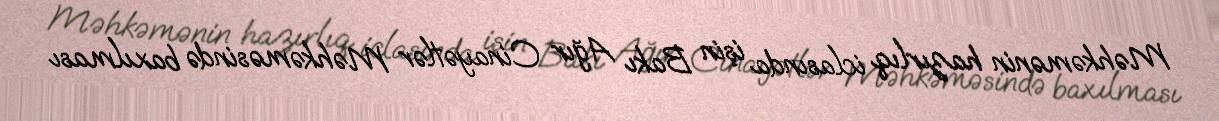
Məhkəmənin hazırlıq iclasında işin Bakı Ağır Cinayətlər Məhkəməsində baxılması